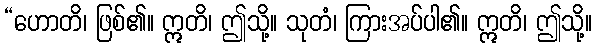
“ဟောတိ၊ ဖြစ်၏။ ဣတိ၊ ဤသို့။ သုတံ၊ ကြားအပ်ပါ၏။ ဣတိ၊ ဤသို့။